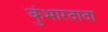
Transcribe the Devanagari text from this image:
कुंभारदादा